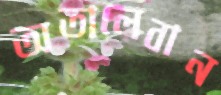
অতালেবান